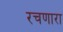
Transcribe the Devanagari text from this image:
रचणारा